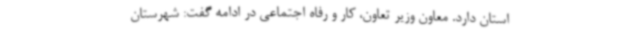
استان دارد. معاون وزیر تعاون، کار و رفاه اجتماعی در ادامه گفت: شهرستان